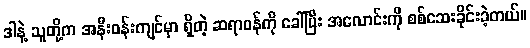
ဒါနဲ့ သူတို့က အနီးဝန်းကျင်မှာ ရှိတဲ့ ဆရာဝန်ကို ခေါ်ပြီး အလောင်းကို စစ်ဆေးခိုင်းခဲ့တယ်။